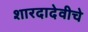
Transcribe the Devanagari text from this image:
शारदादेवीचे